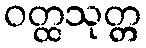
ဝတ္ထသုတ္တ